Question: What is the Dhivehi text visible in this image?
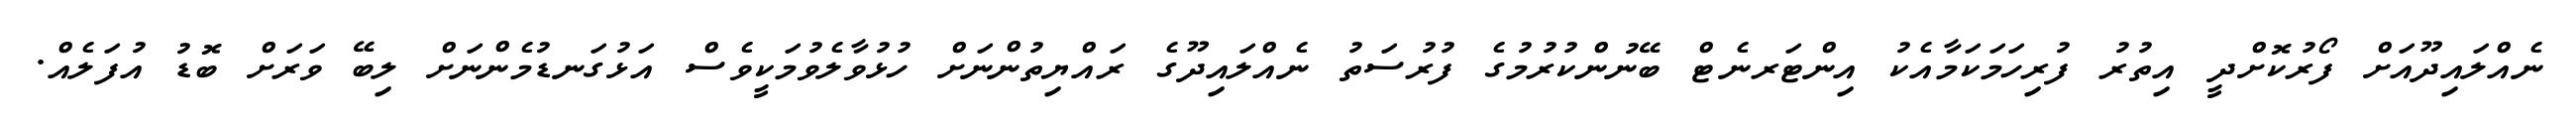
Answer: ނެއްލައިދޫއަށް ފޯރުކޮށްދީ އިތުރު ފުރިހަމަކަމާއެކު އިންޓަރނެޓް ބޭނުންކުރުމުގެ ފުރުސަތު ނެއްލައިދޫގެ ރައްޔިތުންނަށް ހުޅުވާލެވުމަކީވެސް އަޅުގަނޑުމެންނަށް ލިބޭ ވަރަށް ބޮޑު އުފަލެއް.